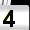
Digit: 4